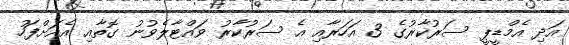
އަދި އެމްޑީޕީ ސަރުކާރުގެ 3 އަހަރާއި އެ ސަރުކާރު ވައްޓާލެވުނު ގޮތާއި އެއަށްފަހު